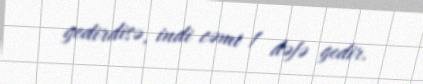
gedirdisə, indi cəmi 1 dəfə gedir.